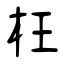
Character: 枉